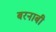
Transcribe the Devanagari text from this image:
बरनाबी